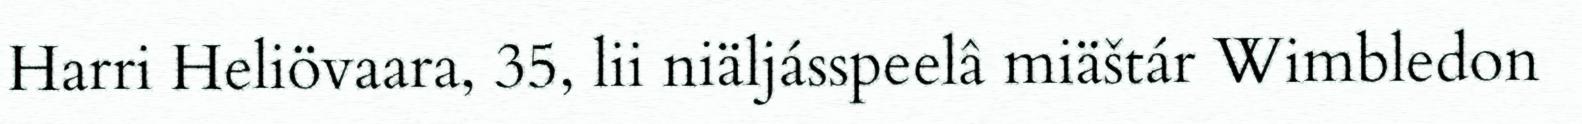
Harri Heliövaara, 35, lii niäljásspeelâ miäštár Wimbledon